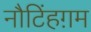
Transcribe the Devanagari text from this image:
नौटिंहग़म